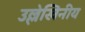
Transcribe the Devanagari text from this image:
उल्लेखिनीय